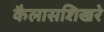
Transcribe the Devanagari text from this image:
कैलासशिखरे